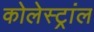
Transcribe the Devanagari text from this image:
कोलेस्ट्रांल